65_HS1-834228961_62-HQ-83894_Section_4
Agency: FBI
Page 145
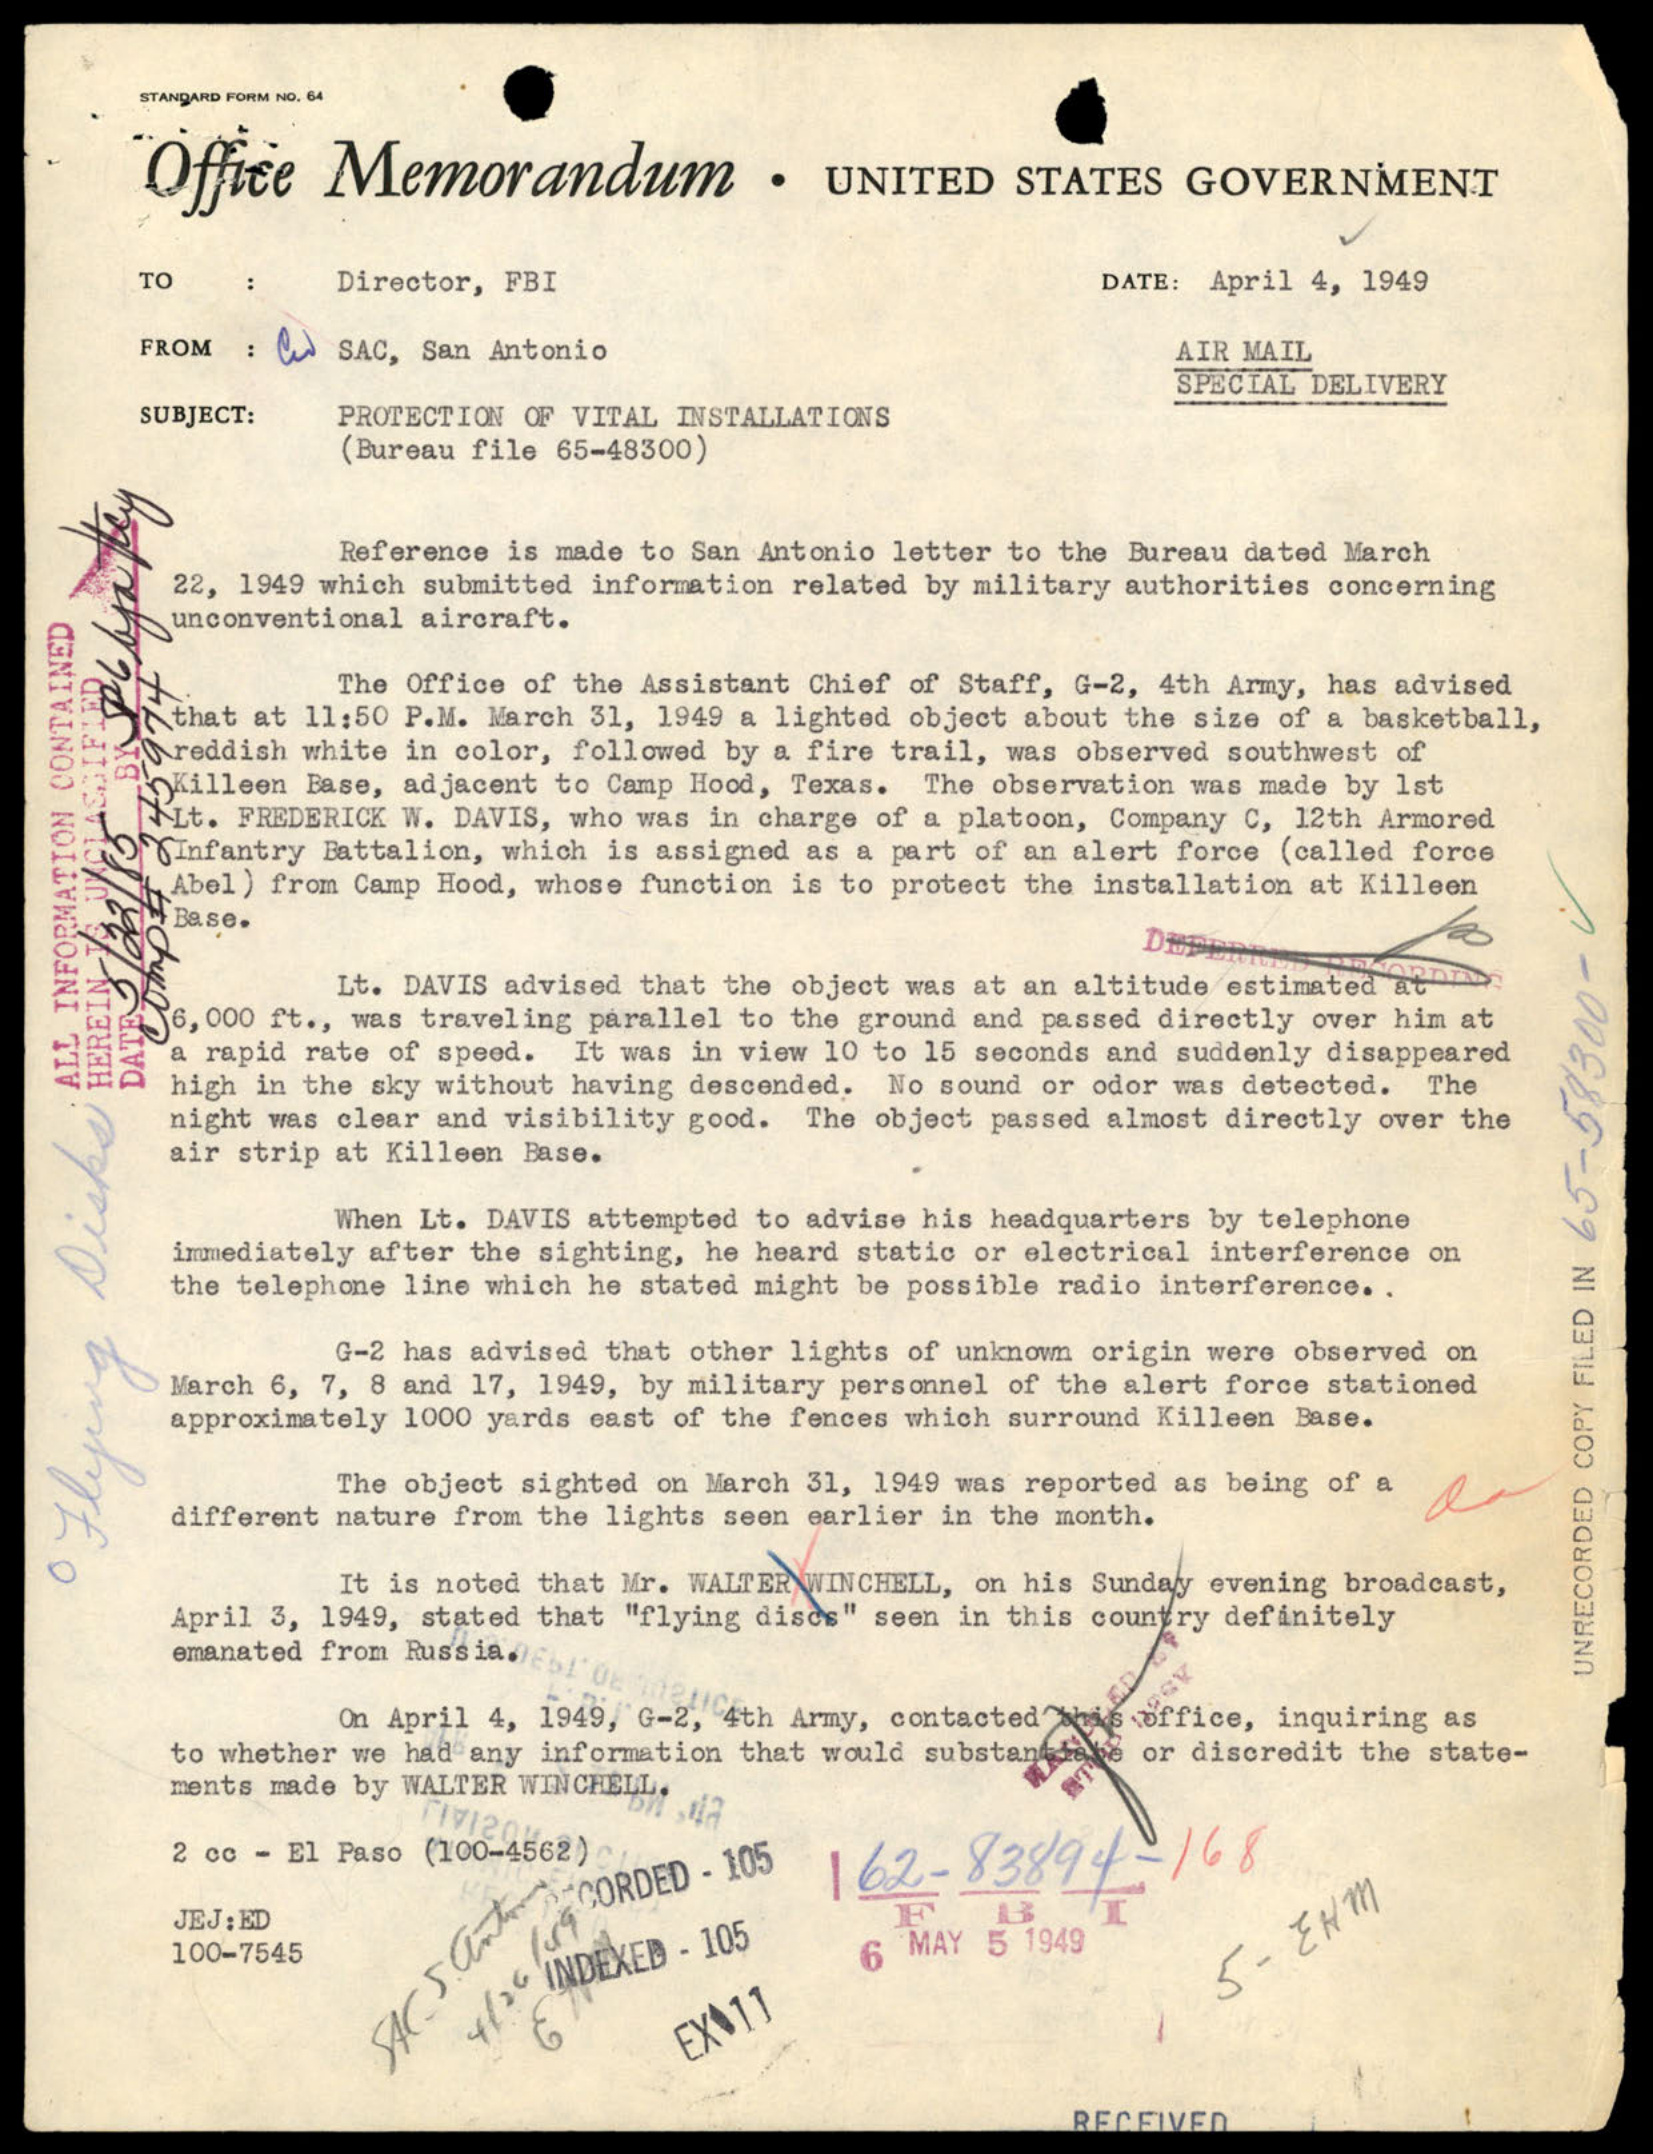